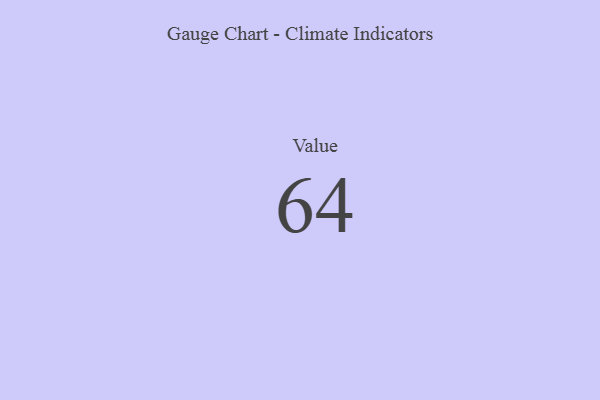
{"axis": {"x": "Metric", "y": "Value"}, "legend": [""], "data": [{"x": "Value", "y": 64, "type": ""}]}